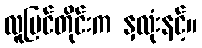
လူမြင်တိုင်းက နှလုံးနင့်။